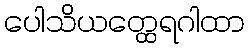
ပေါသိယတ္ထေရဂါထာ